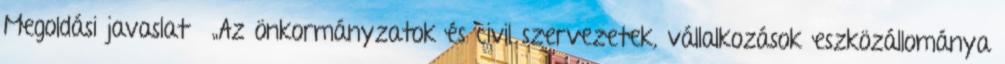
Megoldási javaslat ▪„Az önkormányzatok és civil szervezetek, vállalkozások eszközállománya